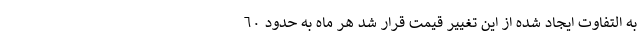
به التفاوت ایجاد شده از این تغییر قیمت قرار شد هر ماه به حدود ٦٠